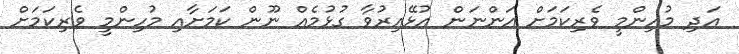
އަދި މުހިންމީ ވެރިކަމަށް އަންނަން އުޅޭއިރުވާ ގުޅުމެއް ނޫން ކަމަށާއި މުހިންމީ ވެރިކަމަށް